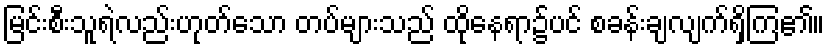
မြင်းစီးသူရဲလည်းဟုတ်သော တပ်များသည် ထိုနေရာ၌ပင် စခန်းချလျက်ရှိကြ၏။